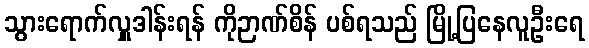
သွားရောက်လှူဒါန်းရန် ကိုဉာဏ်စိန် ပစ်ရသည် မြို့ပြနေလူဦးရေ